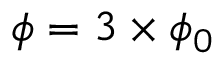
\phi = 3 \times \phi _ { 0 }